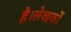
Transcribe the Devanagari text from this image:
है।लेखकों